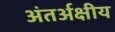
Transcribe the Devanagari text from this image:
अंतर्अक्षीय